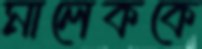
মালেককে